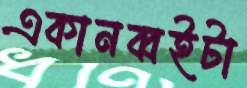
একানব্বইটা